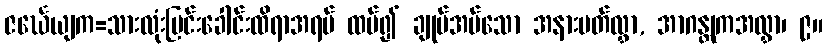
ဇင်္ဃေယျက=သားလုံးမြင်းခေါင်းထိရာအရပ် ထပ်၍ ချုပ်အပ်သော အနားပတ်လွှာ, အာဂန္တုကအလွှာ၊ ၉။